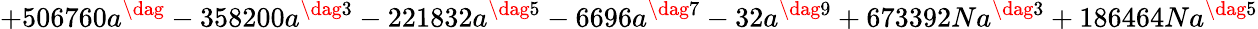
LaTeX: +506760a^{\dag}-358200a^{\dag 3}-221832a^{\dag 5}-6696a^{\dag 7}-32a^{\dag 9}+673392Na^{\dag 3}+186464Na^{\dag 5}